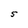
Character: S